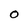
Character: O